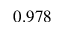
0 . 9 7 8